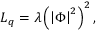
{ \cal L } _ { q } = \lambda \left( \left| \Phi \right| ^ { 2 } \right) ^ { 2 } ,